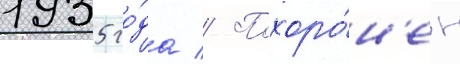
1935 го́да // Похоро́н'ен